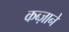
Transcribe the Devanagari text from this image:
कब्ज़ाने